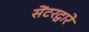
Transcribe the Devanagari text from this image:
सेंटरद्वारे